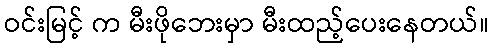
ဝင်းမြင့် က မီးဖိုဘေးမှာ မီးထည့်ပေးနေတယ်။